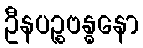
ဦနပဉ္စဗန္ဓနော